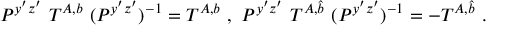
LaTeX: P ^ { y ^ { \prime } z ^ { \prime } } ~ T ^ { A , b } ~ ( P ^ { y ^ { \prime } z ^ { \prime } } ) ^ { - 1 } = T ^ { A , b } ~ , ~ P ^ { y ^ { \prime } z ^ { \prime } } ~ T ^ { A , \hat { b } } ~ ( P ^ { y ^ { \prime } z ^ { \prime } } ) ^ { - 1 } = - T ^ { A , \hat { b } } ~ . ~ \,